Calcutta medical institutions reports 1871-78
Year: 1871
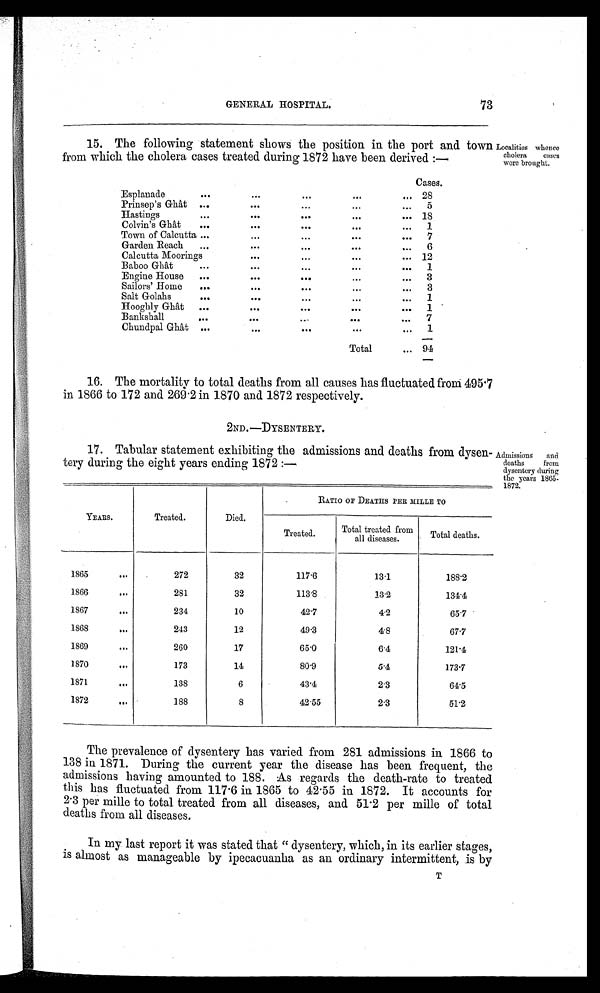
GENERAL HOSPITAL.
73
15. The following statement shows the position in the port and town
from which the cholera cases treated during 1872 have been derived :—
Cases.
Esplanade
..
...
...
... . . .
28
Prinsep's Ghât ...
...
...
...
...
5
Hastings
...
...
.. ... ...
18
Colvin's Ghât
...
...
...
......
Town of Calcutta ...
...
...
...
...
7
Garden Reach
...
...
...
...
...
6
Calcutta Moorings
...
...
...
... 12
Baboo Ghât
...
...
...
...
...
1
Engine House
...
...
.... ...
...
3
Sailors' Home
..... ...
. ..
...
...
3
Salt Golahs
...
...
...
...
...
1
Hooghly Ghât
...
... ...
...
...
1
Bankshall
...
...
..
...
...
7
Chundpal Ghât ......
1
Total
94
Localities whence
cholera cases
were brought.
16. The mortality to total deaths from all causes has fluctuated from 495.7
in 1866 to 172 and 269 .2 in 1870 and 1872 respectively.
2ND.-DYSENTERY.
17. Tabular statement exhibiting the admissions and deaths from dysen-
tery during the eight years ending 1872 :-
YEARS.
Treated.
Died.
RATIO OF DEATHS PER MILLE TO
Treated.
Total treated from
all diseases.
Total deaths.
1865
...
272
32
117.6
13.1
188.2
1866
...
281
32
1 1 3 . 8
13.2
134.4
1867
...
234
10
42.7
4.2
65.7
1868
243
12
49.3
4.8
67.7
1869...
260
17
65.0
6.4
121.4
1870
...
173
14
80.9
5.4
173.7
1871
138
6
43.4
2.3
6 4 . 5
1872
...
188
8
42.55
2.3
51.2
Admissions
and.
deaths from
dysentery during
the years 1865-
1872.
The prevalence of dysentery has varied from 281 admissions in 1866 to
138 in 1871. During the current year the disease has been frequent, the
admissions having amounted to 188. As regards the death-rate to treated
this has fluctuated from 117 . 6 in 1865 to 42 . 55 in 1872. It accounts for
2. 3 per mille to total treated from all diseases, and 51 . 2 per mille of total
deaths from all diseases.
In my last report it was stated that " dysentery, which, in its earlier stages,
is almost as manageable by ipecacuanha as an ordinary intermittent, is by